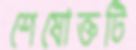
শেষোক্তটি